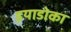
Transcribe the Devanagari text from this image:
इयाडोका